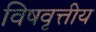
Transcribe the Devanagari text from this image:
विषवृत्तीय